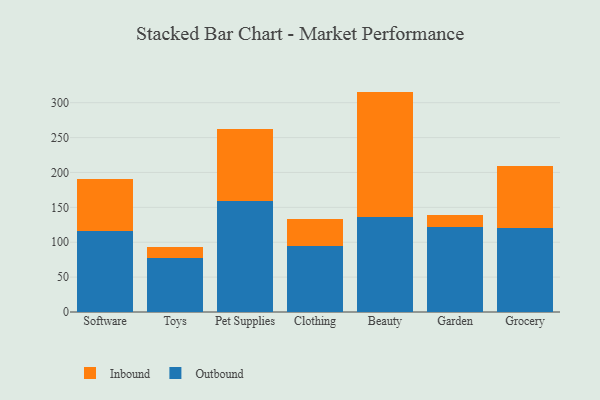
{"axis": {"x": "Category", "y": "Active Users"}, "legend": ["Inbound", "Outbound"], "data": [{"x": "Software", "y": 115.4, "type": "Outbound"}, {"x": "Software", "y": 75.2, "type": "Inbound"}, {"x": "Toys", "y": 77.5, "type": "Outbound"}, {"x": "Toys", "y": 16.0, "type": "Inbound"}, {"x": "Pet Supplies", "y": 159.1, "type": "Outbound"}, {"x": "Pet Supplies", "y": 102.9, "type": "Inbound"}, {"x": "Clothing", "y": 93.9, "type": "Outbound"}, {"x": "Clothing", "y": 39.2, "type": "Inbound"}, {"x": "Beauty", "y": 136.4, "type": "Outbound"}, {"x": "Beauty", "y": 179.5, "type": "Inbound"}, {"x": "Garden", "y": 121.3, "type": "Outbound"}, {"x": "Garden", "y": 18.0, "type": "Inbound"}, {"x": "Grocery", "y": 120.9, "type": "Outbound"}, {"x": "Grocery", "y": 88.8, "type": "Inbound"}]}